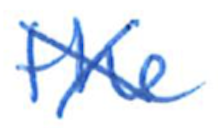
Text: the
Cross-out: cross
Writing tool: ballpoint